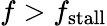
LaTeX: f>f_{\mathrm{stall}}